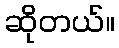
ဆိုတယ်။